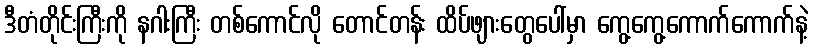
ဒီတံတိုင်းကြီးကို နဂါးကြီး တစ်ကောင်လို တောင်တန်း ထိပ်ဖျားတွေပေါ်မှာ ကွေ့ကွေ့ကောက်ကောက်နဲ့